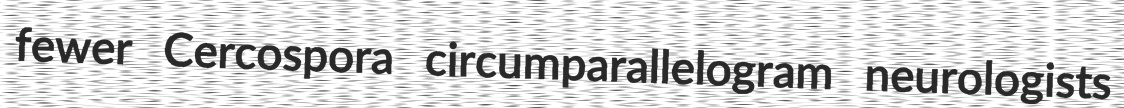
fewer Cercospora circumparallelogram neurologists